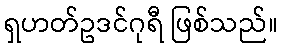
ရှဟတ်ဥဒင်ဂုရီ ဖြစ်သည်။